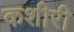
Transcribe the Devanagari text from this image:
कशीरी